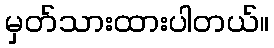
မှတ်သားထားပါတယ်။